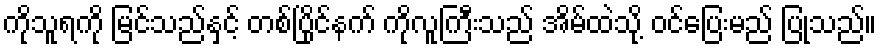
ကိုသူရကို မြင်သည်နှင့် တစ်ပြိုင်နက် ကိုလူကြီးသည် အိမ်ထဲသို့ ဝင်ပြေးမည် ပြုသည်။